DOW-UAP-D49, Launch Summary, Vandenberg AFB, 2000
Agency: Department of War
Incident date: 2/3/00
Page 74
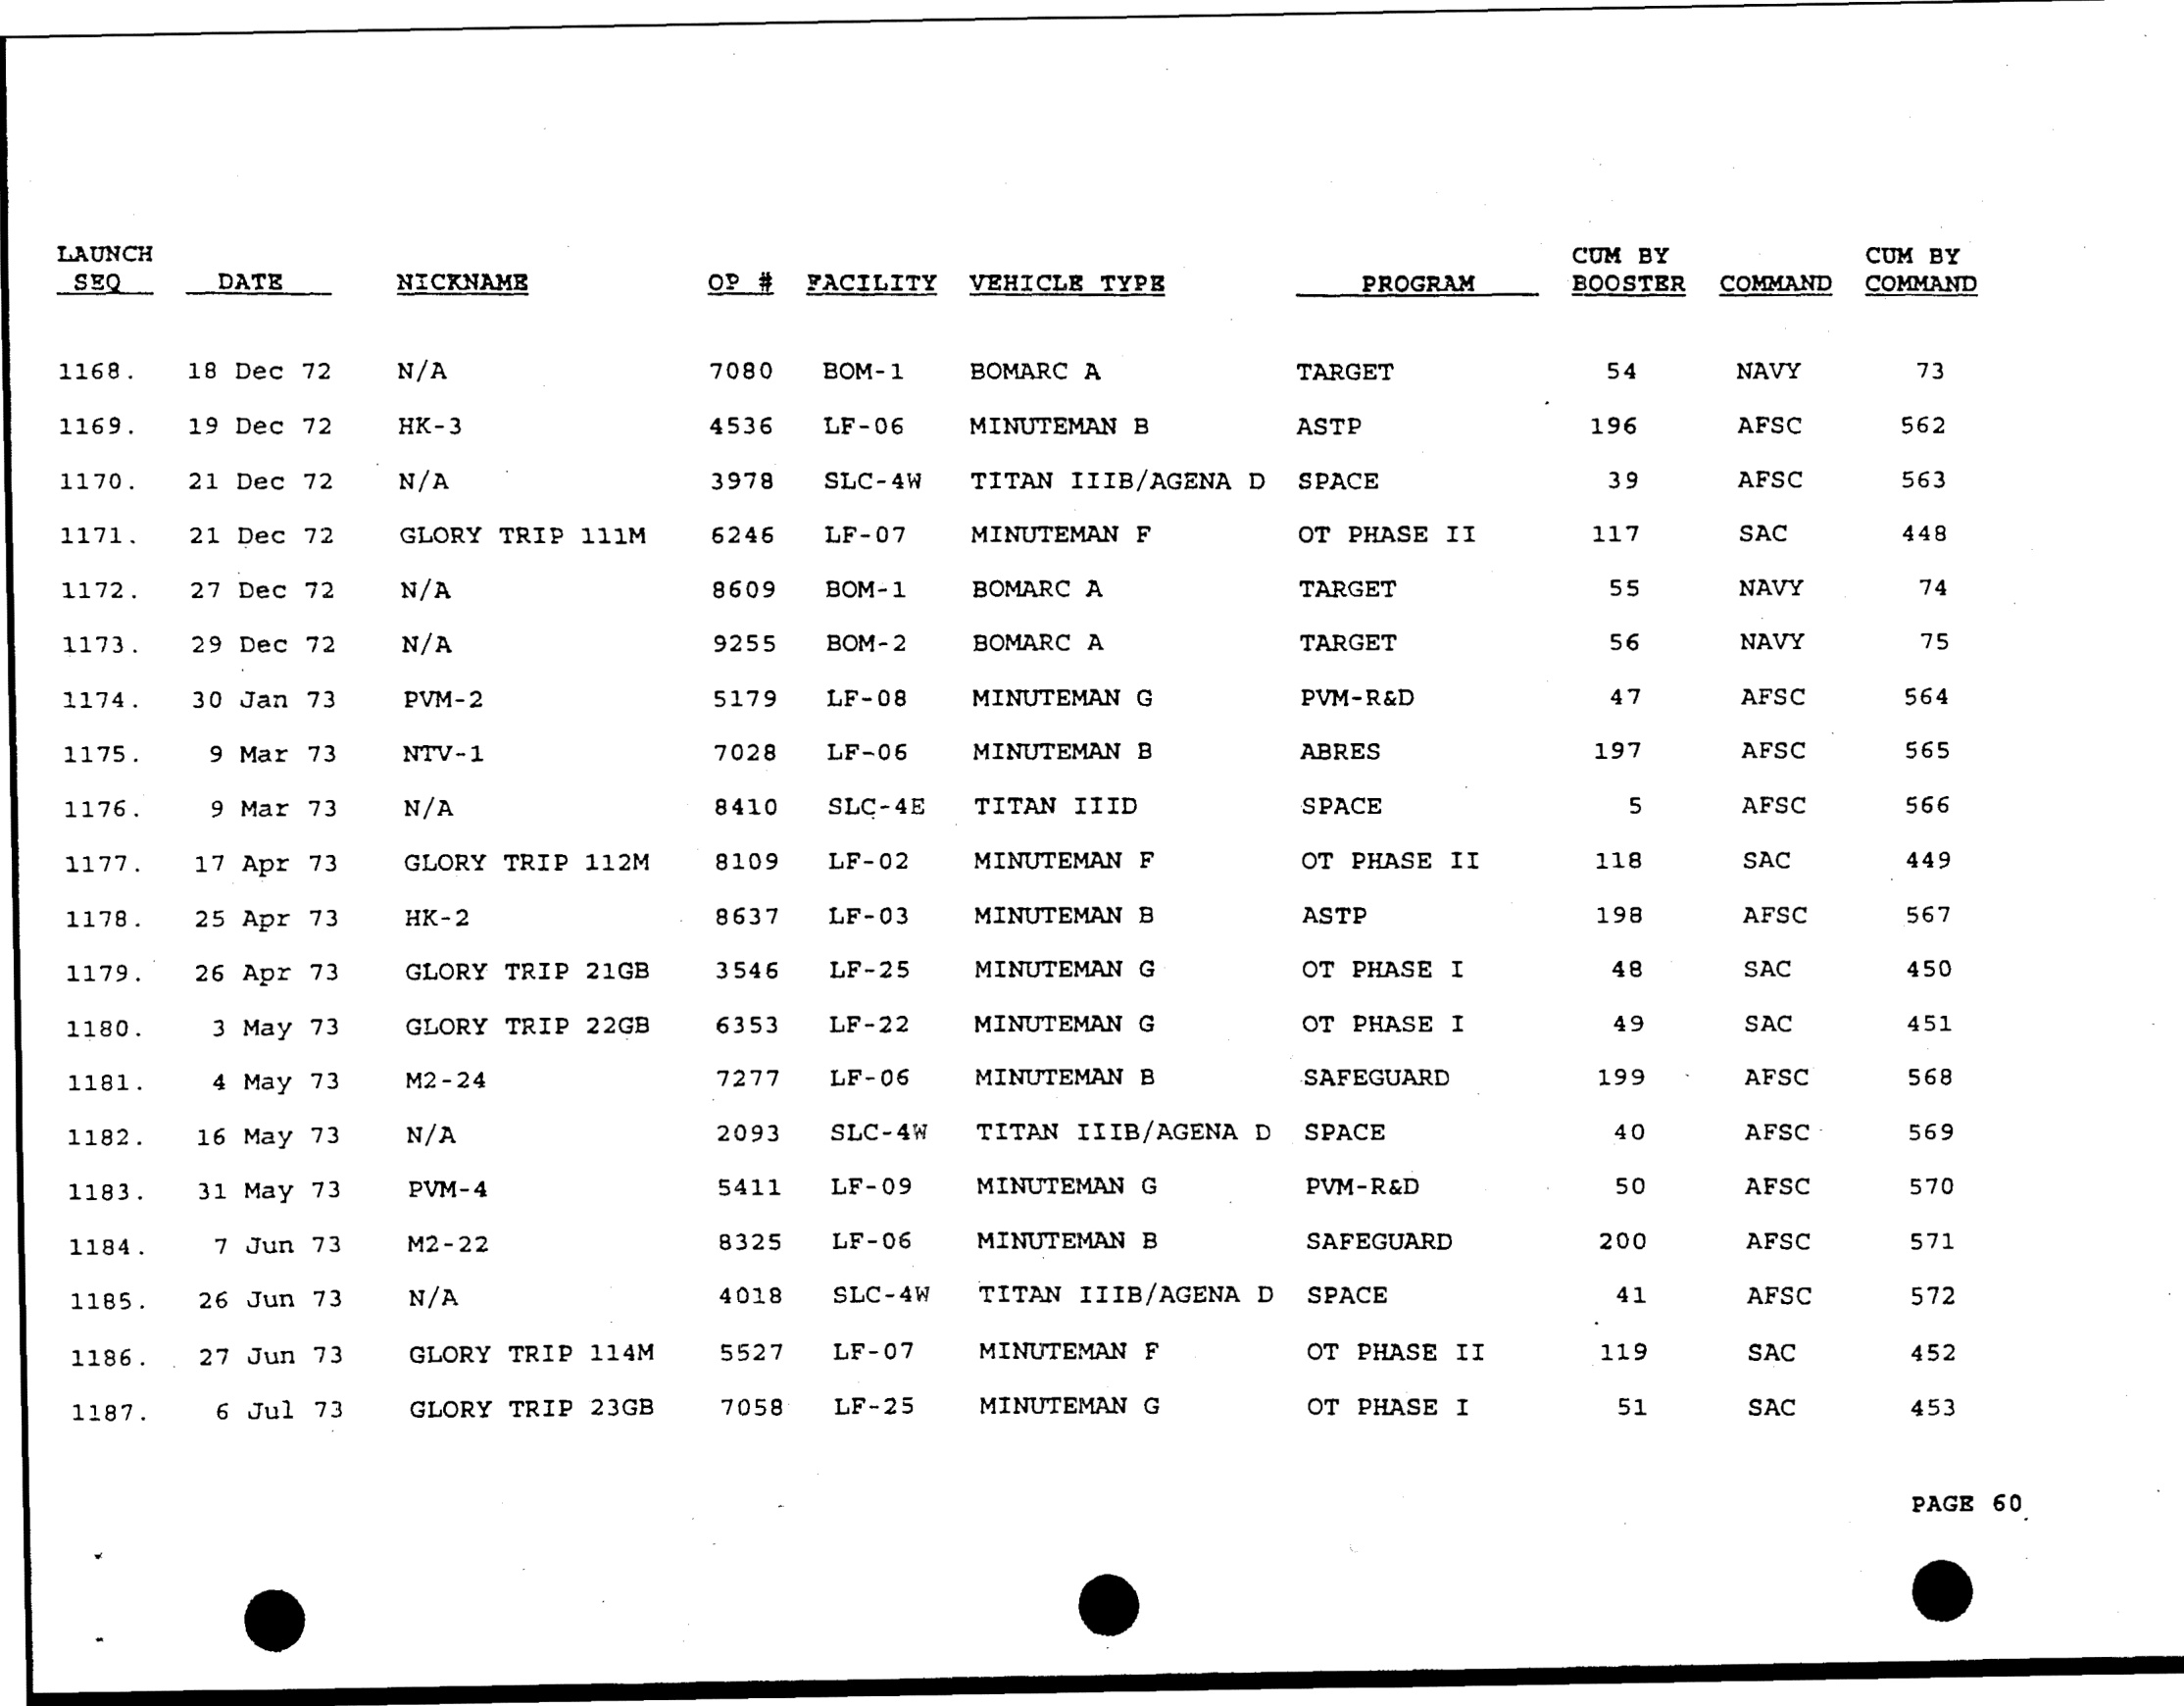